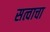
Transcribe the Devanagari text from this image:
सत्वाचा